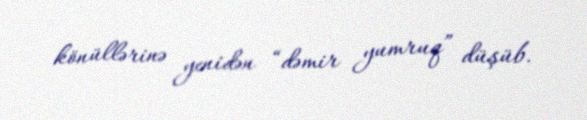
könüllərinə yenidən “dəmir yumruq” düşüb.